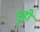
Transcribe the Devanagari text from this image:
ड्रूडी